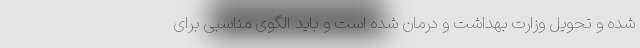
شده و تحویل وزارت بهداشت و درمان شده است و باید الگوی مناسبی برای